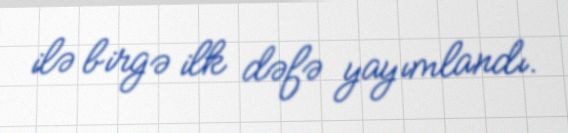
ilə birgə ilk dəfə yayımlandı.